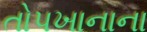
તોપખાનાના